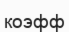
коэфф